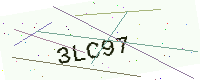
Text: 3LC97